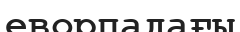
еворпадағы